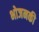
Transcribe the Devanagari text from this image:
भोजनकी